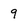
Character: 9